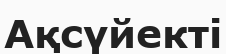
Ақсүйекті